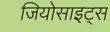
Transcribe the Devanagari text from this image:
जियोसाइट्स